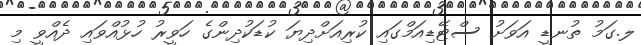
ލ.ގަމު ތުނޑީ އަވަށު ސްޓޭޑިއަމްގައި ކުރިއަށްދިޔަ ކުޑަކުދިންގެ ހަވީރު ހުޅުއްވައި ދެއްވީ މި